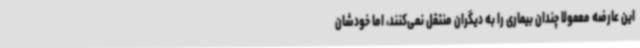
این عارضه معمولا چندان بیماری را به دیگران منتقل نمی‌کنند، اما خودشان